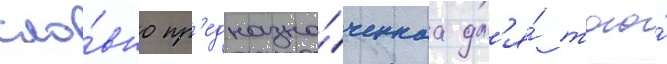
сло́вно пр'едназна́ченнаа дл'я́ того́